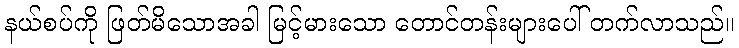
နယ်စပ်ကို ဖြတ်မိသောအခါ မြင့်မားသော တောင်တန်းများပေါ် တက်လာသည်။